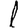
Digit: 1